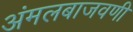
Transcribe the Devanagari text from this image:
अंमलबाजवणी